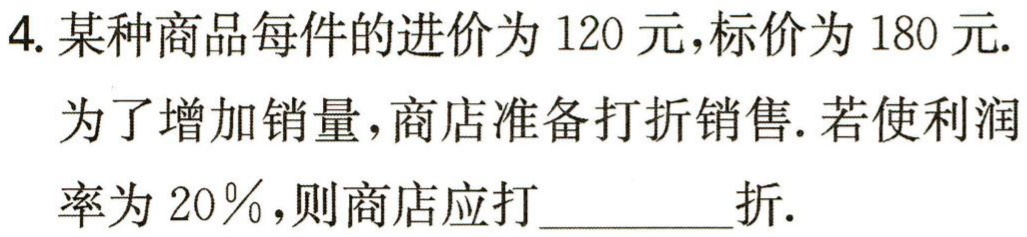
4. 某种商品每件的进价为 120 元，标价为 180 元.
为了增加销量，商店准备打折销售. 若使利润率为 20％，则商店应打________折.